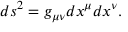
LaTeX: d s ^ { 2 } = g _ { \mu \nu } d x ^ { \mu } d x ^ { \nu } .